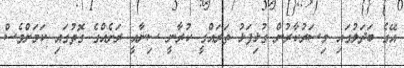
އޭގެ ބަދަލުގައި މިސަރުކާރުން ގުޅިފަޅު ތަރައްގީ ކުރާނީ ސިނާއީ ރަށެއްގެ ގޮތުގައި ކަމަށްވެސް